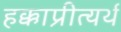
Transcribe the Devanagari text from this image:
हक्काप्रीत्यर्थ